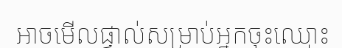
អាចមើលផ្ទាល់សម្រាប់អ្នកចុះឈ្មោះ